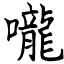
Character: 嚨